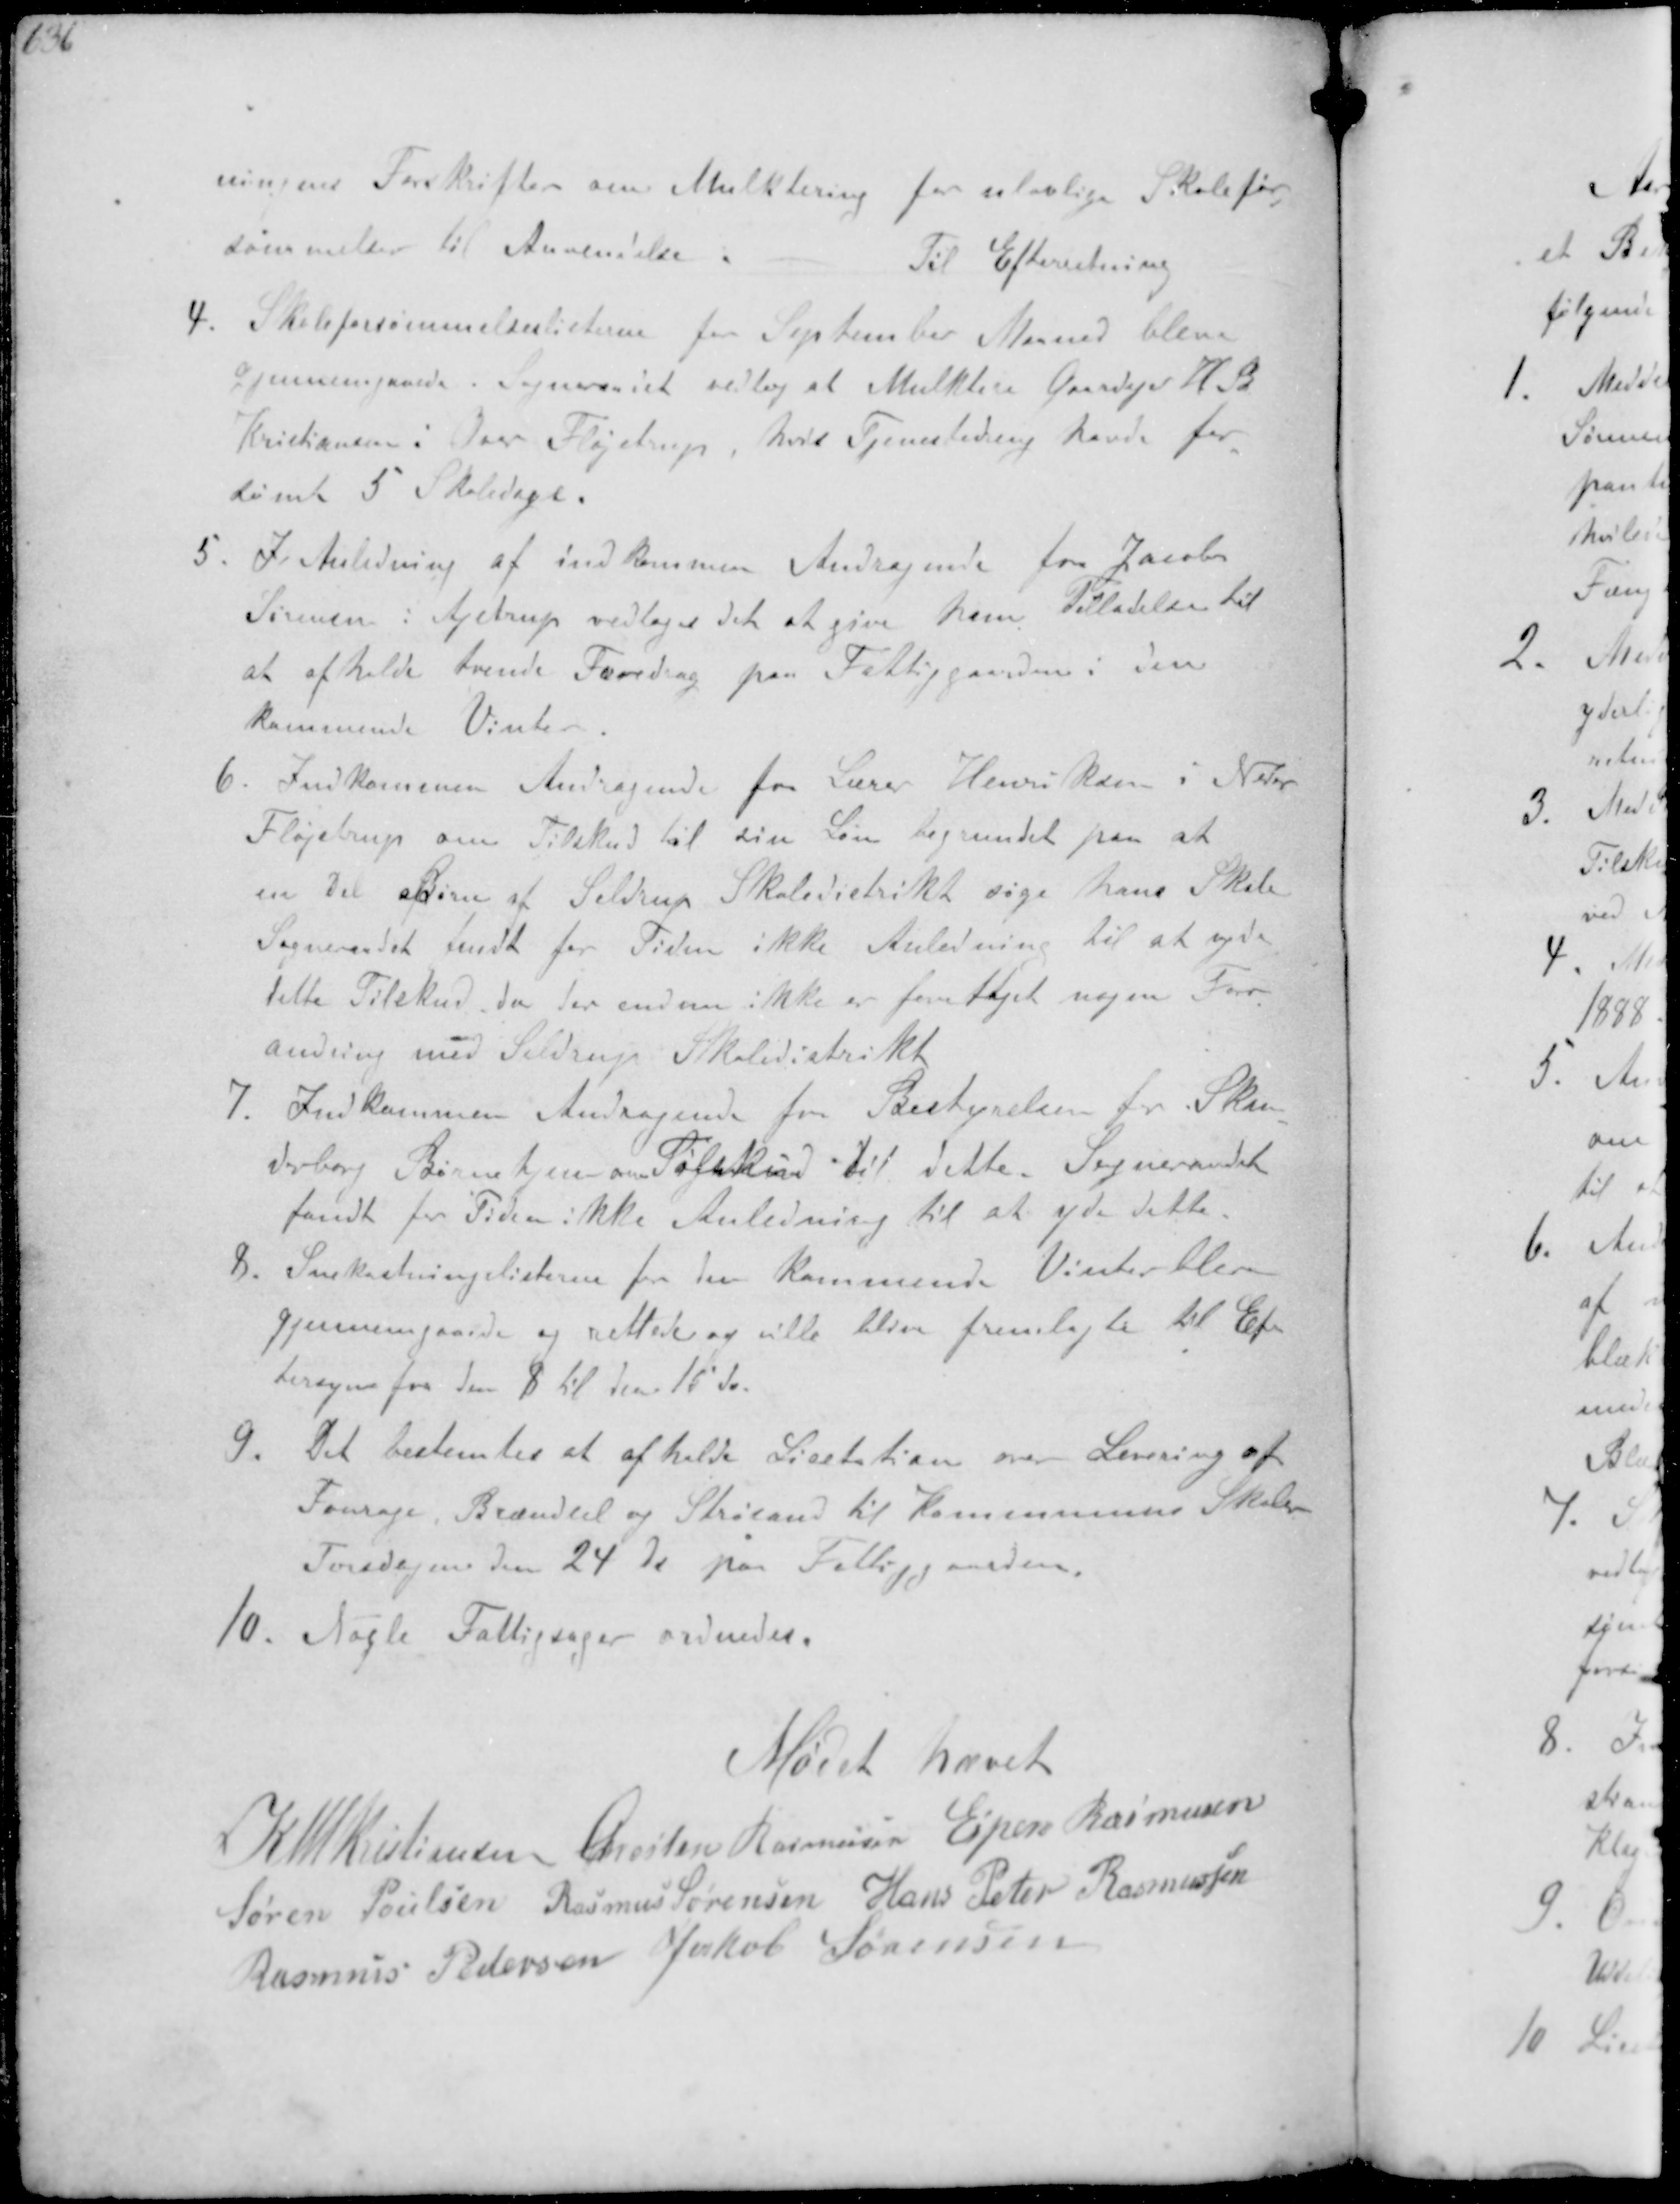
Transskription:
ningens Forskriften om Mulktering for ulovlige Skolefor-
sømmelser til Anvendelse
Til Efterretning
4. Skoleforsømmelseslisterne for September Maaned bleve
Gjennemgaaede Sogneraadet vedtog at Mulktere Gaardejer H B
Kristiansen i Over Fløjstrup, hvis Tjenestedreng havde for-
sømt 5 Skoledage.
5. I Anledning af indkommen Andragende for Jacob
Sørensen i Ajstrup vedtoges det at give ham Tilladelse til
at afholde tvende Foredrag paa Fattiggaarden i den
kommende Vinter
6. Indkommen Andragende for Lærer Henriksen i Neder
Fløjstrup om Tilskud til sin Løn begrundet paa at
en del Børn af Seldrup Skoledistrikt søge hans Skole
Sogneraadet sendt for Tiden ikke Anledning til at yde
dette Tilskud, da der endnu ikke er foretaget nogen For-
andring med Seldrup Skoledistrikt
7. Indkommen Andragende fra Bestyrelsen for Skan-
derborg Børnehjem om Tilskud til dette. Sogneraadet
fandt for Tiden ikke Anledning til at yde dette
8. Snekastningslisterne for den kommende Vinter blev
gjennemgaaede er rettede og ville blive fremlagte til Ef-
tersyn fra den 8 til den 15 ds.
9. Det bestemtes at afholde Licitation over Levering af
Fourage, Brændsel og Strøsand til Kommunens Skoler
Torsdagen den 24de paa Fattiggaarden.
10. Nogle Fattigsager ordnedes.

Mødet hævet
K N M Kristiansen Christen Rasmussen Espen Rasmussen
Søren Poulsen Rasmus Sørensen Hans Peter Rasmussen
Rasmus Pedersen Jakob Sørensen